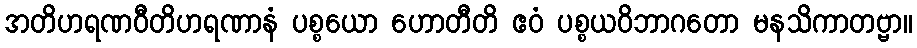
အတိဟရဏဝီတိဟရဏာနံ ပစ္စယော ဟောတီတိ ဧဝံ ပစ္စယဝိဘာဂတော မနသိကာတဗ္ဗာ။